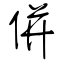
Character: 併